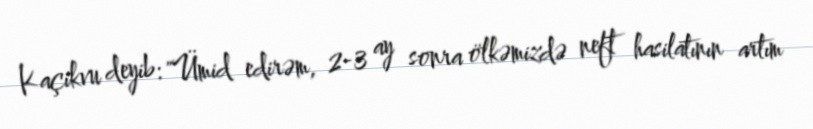
Kaçikvu deyib: "Ümid edirəm, 2-3 ay sonra ölkəmizdə neft hasilatının artım